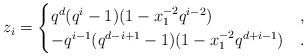
LaTeX: \begin{align*}z_i &= \begin{cases} q^d(q^i-1)(1-x_1^{-2} q^{i-2} ) & , \\ - q^{i-1} (q^{d-i+1}-1)(1- x_1^{-2} q^{d+i-1}) & . \end{cases}\end{align*}